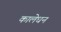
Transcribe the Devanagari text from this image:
कालेधन